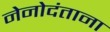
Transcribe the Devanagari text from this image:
नेनोदंताना